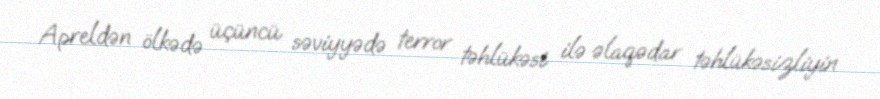
Apreldən ölkədə üçüncü səviyyədə terror təhlükəsi ilə əlaqədar təhlükəsizliyin